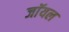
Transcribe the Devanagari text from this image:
जाॅयल